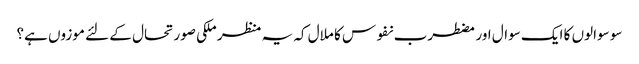
سو سوالوں کا ایک سوال اور مضطرب نفوس کا ملال کہ یہ منظر ملکی صورتحال کے لئے موزوں ہے؟